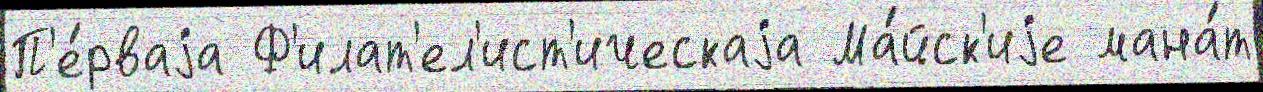
П'е́рваjа Ф'илат'ел'ист'ическаjа Ма́йск'иjе мана́т